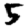
Digit: 5